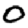
Digit: 0